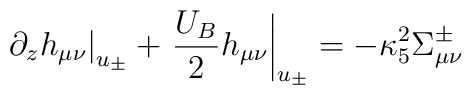
\left.\partial_z h_{\mu\nu}\right|_{u_{\pm}}+\left.\frac{U_B}{2}h_{\mu\nu}\right|_{u_{\pm}}=-\kappa_5^2\Sigma^{\pm}_{\mu\nu}